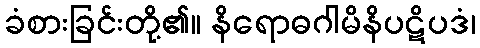
ခံစားခြင်းတို့၏။ နိရောဓဂါမိနိပဋိပဒံ၊